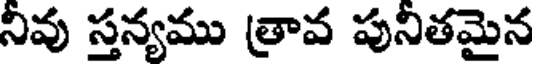
నివు స్తన్యము త్రావ పునితమైన